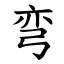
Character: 弯